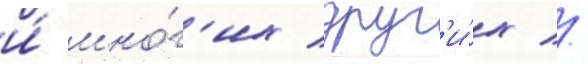
и́ мно́г'их друг'и́х //